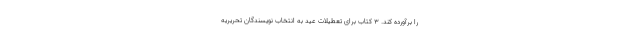
را برآورده کند. 3 کتاب برای تعطیلات عید به انتخاب نویسندگان تحریریه